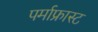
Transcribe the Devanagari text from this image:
पर्माफ्रास्ट